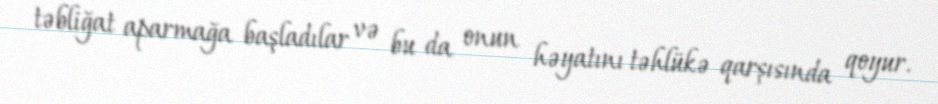
təbliğat aparmağa başladılar və bu da onun həyatını təhlükə qarşısında qoyur.